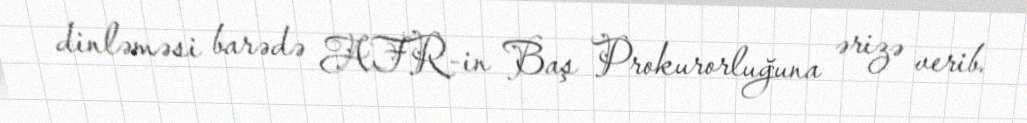
dinləməsi barədə AFR-in Baş Prokurorluğuna ərizə verib.